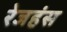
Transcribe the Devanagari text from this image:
रेजहंस